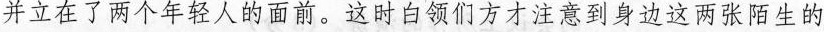
并立在了两个年轻人的面前。这时白领们方才注意到身边这两张陌生的